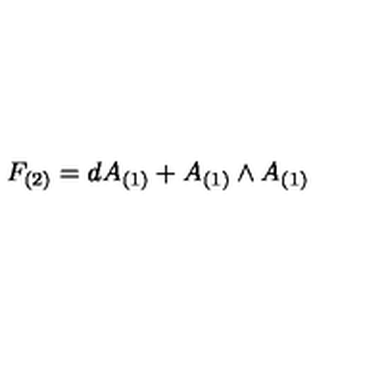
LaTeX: F _ { ( 2 ) } = d A _ { ( 1 ) } + A _ { ( 1 ) } \wedge A _ { ( 1 ) }